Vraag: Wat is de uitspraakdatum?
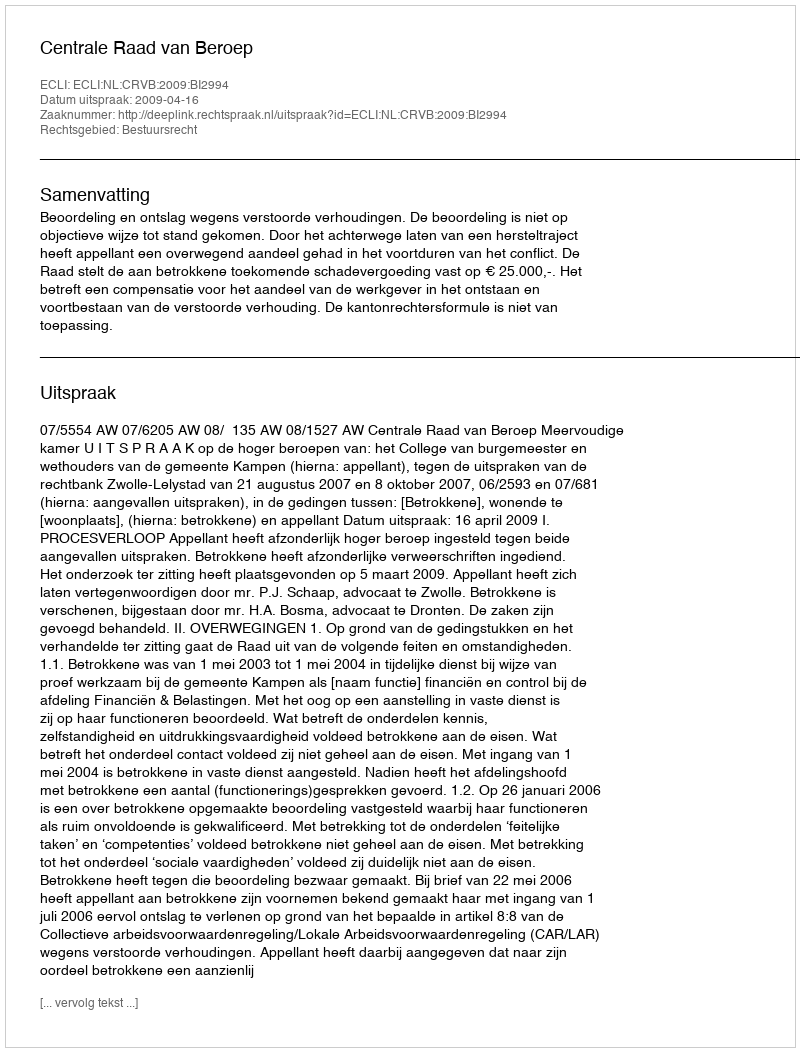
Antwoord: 2009-04-16